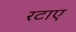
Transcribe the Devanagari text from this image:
रटाए